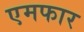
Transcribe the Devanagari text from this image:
एमफार